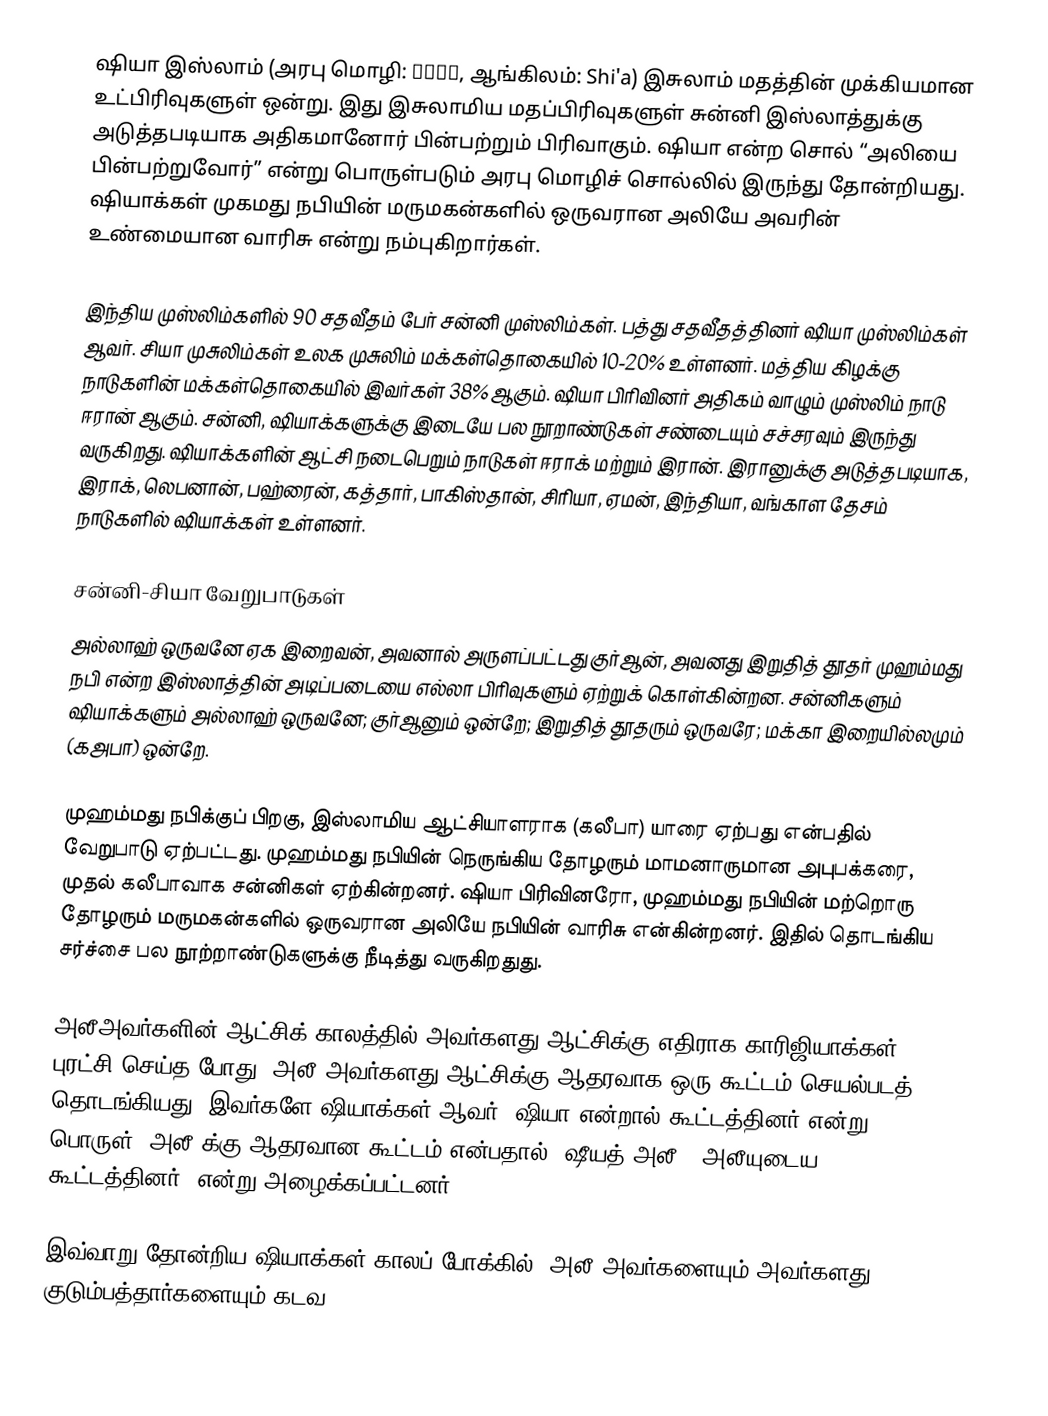
ஷியா இஸ்லாம் (அரபு மொழி: شيعة, ஆங்கிலம்: Shi'a) இசுலாம் மதத்தின் முக்கியமான உட்பிரிவுகளுள் ஒன்று. இது இசுலாமிய மதப்பிரிவுகளுள் சுன்னி இஸ்லாத்துக்கு அடுத்தபடியாக அதிகமானோர் பின்பற்றும் பிரிவாகும். ஷியா என்ற சொல் “அலியை பின்பற்றுவோர்” என்று பொருள்படும் அரபு மொழிச் சொல்லில் இருந்து தோன்றியது. ஷியாக்கள் முகமது நபியின் மருமகன்களில் ஒருவரான அலியே அவரின் உண்மையான வாரிசு என்று நம்புகிறார்கள்.

இந்திய முஸ்லிம்களில் 90 சதவீதம் பேர் சன்னி முஸ்லிம்கள். பத்து சதவீதத்தினர் ஷியா முஸ்லிம்கள் ஆவர். சியா முசுலிம்கள் உலக முசுலிம் மக்கள்தொகையில் 10-20% உள்ளனர். மத்திய கிழக்கு நாடுகளின் மக்கள்தொகையில் இவர்கள் 38% ஆகும். ஷியா பிரிவினர் அதிகம் வாழும் முஸ்லிம் நாடு ஈரான் ஆகும். சன்னி, ஷியாக்களுக்கு இடையே பல நூறாண்டுகள் சண்டையும் சச்சரவும் இருந்து வருகிறது. ஷியாக்களின் ஆட்சி நடைபெறும் நாடுகள் ஈராக் மற்றும் இரான். இரானுக்கு அடுத்தபடியாக, இராக், லெபனான்,  பஹ்ரைன்,  கத்தார், பாகிஸ்தான், சிரியா, ஏமன், இந்தியா, வங்காள தேசம்    நாடுகளில் ஷியாக்கள் உள்ளனர்.

சன்னி-சியா வேறுபாடுகள்
அல்லாஹ் ஒருவனே ஏக இறைவன், அவனால் அருளப்பட்டது குர்ஆன், அவனது இறுதித் தூதர் முஹம்மது நபி என்ற இஸ்லாத்தின் அடிப்படையை எல்லா பிரிவுகளும் ஏற்றுக் கொள்கின்றன. சன்னிகளும்   ஷியாக்களும் அல்லாஹ் ஒருவனே; குர்ஆனும் ஒன்றே; இறுதித் தூதரும் ஒருவரே; மக்கா இறையில்லமும் (கஅபா) ஒன்றே.

முஹம்மது நபிக்குப் பிறகு, இஸ்லாமிய ஆட்சியாளராக (கலீபா) யாரை ஏற்பது என்பதில் வேறுபாடு ஏற்பட்டது. முஹம்மது நபியின் நெருங்கிய தோழரும் மாமனாருமான அபுபக்கரை, முதல் கலீபாவாக சன்னிகள் ஏற்கின்றனர். ஷியா பிரிவினரோ, முஹம்மது நபியின் மற்றொரு தோழரும் மருமகன்களில் ஒருவரான அலியே நபியின் வாரிசு என்கின்றனர். இதில் தொடங்கிய சர்ச்சை பல நூற்றாண்டுகளுக்கு நீடித்து வருகிறதுது.

அலீஅவர்களின் ஆட்சிக் காலத்தில் அவர்களது ஆட்சிக்கு எதிராக காரிஜியாக்கள் புரட்சி செய்த போது, அலீ அவர்களது ஆட்சிக்கு ஆதரவாக ஒரு கூட்டம் செயல்படத் தொடங்கியது. இவர்களே ஷியாக்கள் ஆவர். ஷியா என்றால் கூட்டத்தினர் என்று பொருள். அலீ க்கு ஆதரவான கூட்டம் என்பதால் "ஷீயத் அலீ - அலீயுடைய கூட்டத்தினர்' என்று அழைக்கப்பட்டனர்.

இவ்வாறு தோன்றிய ஷியாக்கள் காலப் போக்கில், அலீ அவர்களையும் அவர்களது குடும்பத்தார்களையும் கடவ